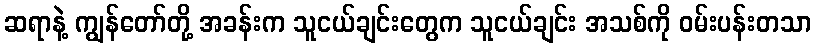
ဆရာနဲ့ ကျွန်တော်တို့ အခန်းက သူငယ်ချင်းတွေက သူငယ်ချင်း အသစ်ကို ဝမ်းပန်းတသာ